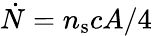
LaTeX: \dot{N}=n_{\mathrm{s}}cA/4